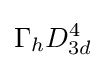
\Gamma _{h}D_{3d}^{4}